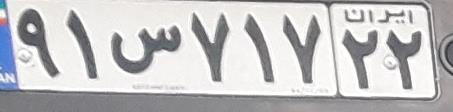
۹۱س۷۱۷۲۲